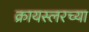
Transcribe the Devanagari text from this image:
क्रायस्लरच्या